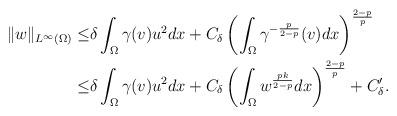
LaTeX: \begin{align*}\|w\|_{L^\infty(\Omega)}\leq& \delta\int_\Omega \gamma(v)u^2dx+C_{\delta}\left(\int_\Omega \gamma^{-\frac{p}{2-p}}(v)dx\right)^{\frac{2-p}{p}}\\\leq& \delta\int_\Omega \gamma(v)u^2dx+C_{\delta}\left(\int_\Omega w^{\frac{pk}{2-p}}dx\right)^{\frac{2-p}{p}}+C_{\delta}^\prime.\end{align*}